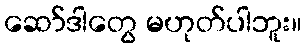
ဆော်ဒါတွေ မဟုတ်ပါဘူး။